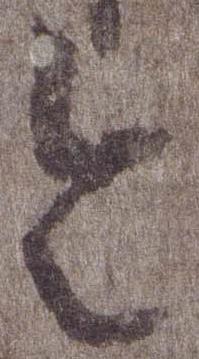
令